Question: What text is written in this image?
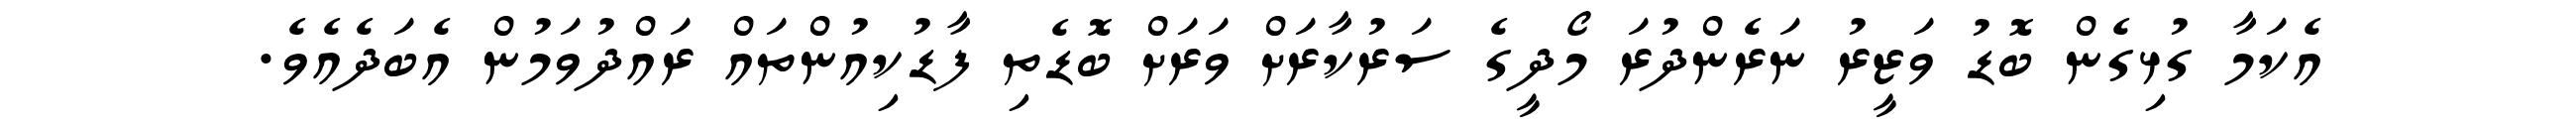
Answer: އެކަމާ ގުޅިގެން ބޮޑު ވަޒީރު ނަރެންދުރަ މޯދީގެ ސަރުކާރަށް ވަރަށް ބޮޑެތި ފާޑުކިއުންތައް ރައްދުވަމުން އެބަދެއެވެ.